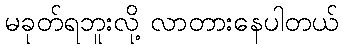
မခုတ်ရဘူးလို့ လာတားနေပါတယ်